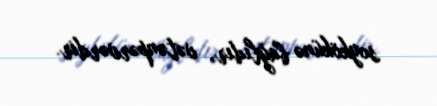
soykökünə bağlıdır, vətənpərvərdir.